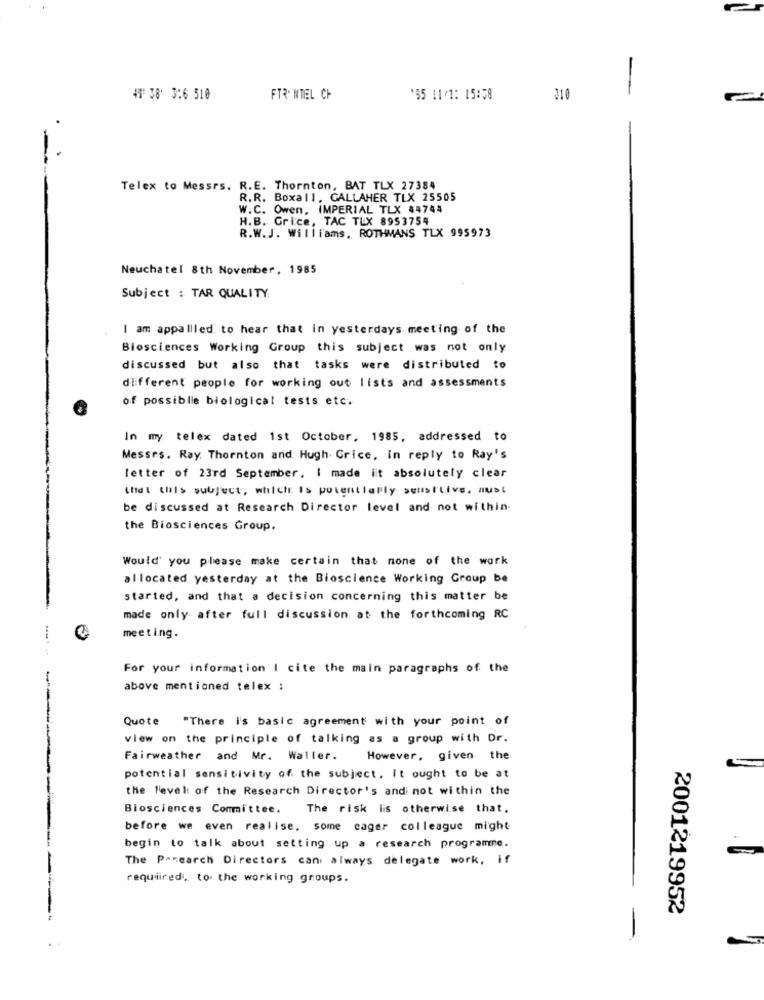
41 38 3:6 510
FTR. MTIEL CH
'$5 11/1: 15:58
310
Telex to Messrs. R.E. Thornton, BAT TLX 27384
R.R. Boxall, GALLAHER TLX 25505
W.C. Owen, IMPERIAL TLX 44744
H.B. Grice, TAC TEX 8953754
R.W.J. Williams. ROTHMANS TLX 995973
Neuchatel 8th November, 1985
Subject : TAR QUALITY
I am appalled to hear that in yesterdays meeting of the
Biosciences Working Group this subject was not only
discussed but also that tasks were distributed to
different people for working out lists and assessments
of possible biological tests etc.
In my telex dated 1st October, 1985, addressed to
Messes. Ray. Thornton and Hugh. Crice, in reply to Ray's
letter of 23rd September. I made it absolutely clear
that this subject, which Is potentially seusl'Live. Must
be discussed at Research Director level and not within.
the Biosciences Group.
Would you please make certain that none of the work
allocated yesterday at the Bioscience Working Group be
started, and that a decision concerning this matter be
made only after full discussion at the forthcoming RC
meeting.
For your information I cite the main paragraphs of the
-
above mentioned telex :
Quote "There i's basic agreement with your point of
view on the principle of talking as a group with Dr.
Fairweather and Mr. Waller.
However, given the
potential sensitivity of the subject, It ought to be at
the level of the Research Director's and not within the
Biosciences Committee. The risk lis otherwise that.
before we even realise. some cager colleague might
begin to talk about setting up a research programne.
The Panearch Directors can always delegate work, if
required. to the working groups.
2001219952
-